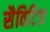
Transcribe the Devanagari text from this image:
सैविटिज